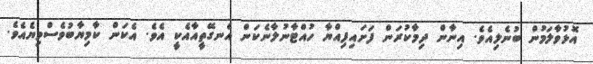
އޮޅުވާލަމުން ބުނެލިއެވެ. އިނާން ދިމާކުރަން ފަށައިފިއްޔާ ހުއްޓާނުލާނެކަން އެނގޭތީއާއެކީ އެވެ. އެކަން ކާމިޔާބުވެސްވިޔެއެވެ.